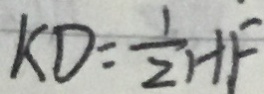
K D = \frac { 1 } { 2 } H F